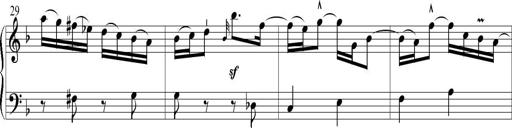
Title: 6 Leichte Sonatinen, Teil 1
Composer: F. Sigismund Sander